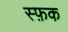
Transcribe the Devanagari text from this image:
स्फ़क